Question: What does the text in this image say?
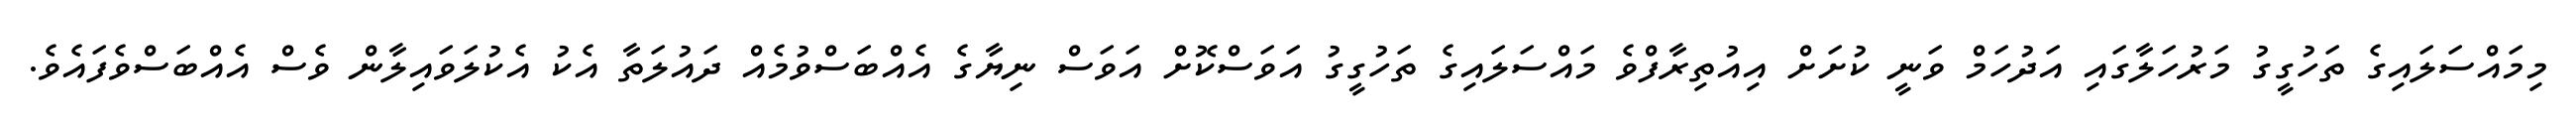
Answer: މިމައްސަލައިގެ ތަހުގީގު މަރުހަލާގައި އަދުހަމް ވަނީ ކުށަށް އިއުތިރާފްވެ މައްސަލައިގެ ތަހުގީގު އަވަސްކޮށް އަވަސް ނިޔާގެ އެއްބަސްވުމެއް ދައުލަތާ އެކު އެކުލަވައިލާން ވެސް އެއްބަސްވެފައެވެ.